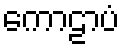
ကောဠာပံ